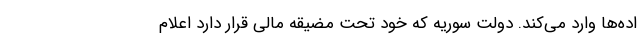
اده‌ها وارد می‌کند. دولت سوریه که خود تحت مضیقه مالی قرار دارد اعلام